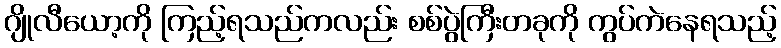
ဂျိုလီယော့ကို ကြည့်ရသည်ကလည်း စစ်ပွဲကြီးတခုကို ကွပ်ကဲနေရသည့်